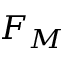
F _ { M }